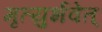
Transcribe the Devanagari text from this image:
मृत्युर्भवेत्